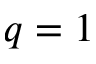
q = 1